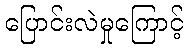
ပြောင်းလဲမှုကြောင့်